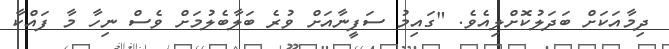
ދިމާއަކަށް ބަދަލުކޮށްލިއެވެ. "ގައިމު ސަފީނާއަށް ވުރެ ބަލާބެލުމަށް ވެސް ނިހާ މާ ފައްކާ